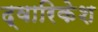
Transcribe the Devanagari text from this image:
द्वारिकेश